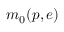
m _ { 0 } ( p , e )